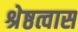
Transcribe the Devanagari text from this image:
श्रेष्ठत्वास